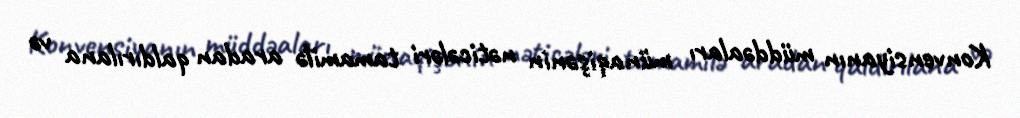
Konvensiyanın müddəaları münaqişənin nəticələri tamamilə aradan qaldırılana və